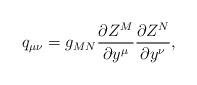
LaTeX: \begin{align*}q_{\mu\nu} = g_{MN}\frac{\partial Z^M}{\partial y^{\mu}} \frac{\partial Z^N}{\partial y^{\nu}},\end{align*}